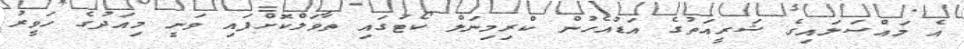
އެ މައްސަަލައިގެ ޝަރީއަތުގެ އަޑުއެހުން ކްރިމިނަލް ކޯޓުގައި ތާވަލްކޮށްފައި ވަނީ މިއަދުގެ ހަވީރު